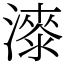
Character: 𣾰